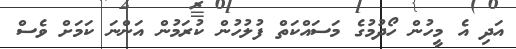
އަދި އެ މީހުން ހޯދުމުގެ މަސައްކަތް ފުލުހުން ކުރަމުން އަންނަ ކަމަށް ވެސް